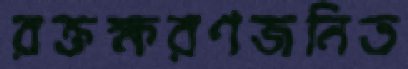
রক্তক্ষরণজনিত